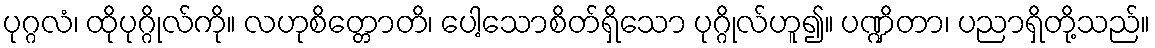
ပုဂ္ဂလံ၊ ထိုပုဂ္ဂိုလ်ကို။ လဟုစိတ္တောတိ၊ ပေါ့သောစိတ်ရှိသော ပုဂ္ဂိုလ်ဟူ၍။ ပဏ္ဍိတာ၊ ပညာရှိတို့သည်။